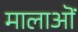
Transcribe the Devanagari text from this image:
मालाऒं